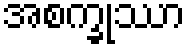
အစက္ခုဿာ